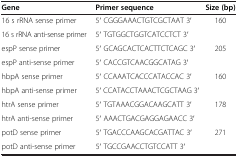
| Gene | Primer sequence | Size (bp) |
 | --- | --- | --- |
 | 16 s rRNA sense primer | 5′ CGGGAAACTGTCGCTAAT 3′ | 160 |
 | 16 s rRNA anti-sense primer | 5′ TGTGGCTGGTCATCCTCT 3′ |  |
 | espP sense primer | 5′ GCAGCACTCACTTCTCAGC 3′ | 205 |
 | espP anti-sense primer | 5′ CACCGTCAACGGCATAG 3′ |  |
 | hbpA sense primer | 5′ CCAAATCACCCATACCAC 3′ | 160 |
 | hbpA anti-sense primer | 5′ CCATACCTAAACTCGCTAAG 3′ |  |
 | htrA sense primer | 5′ TGTAAACGGACAAGCATT 3′ | 178 |
 | htrA anti-sense primer | 5′ AAACTGACGAGGAGAACC 3′ |  |
 | potD sense primer | 5′ TGACCCAAGCACGATTAC 3′ | 271 |
 | potD anti-sense primer | 5′ TGCCGAACCTGTCCATT 3′ |  |